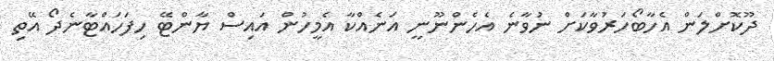
ދޫކޮށްލަން އެހާބޯހަރުވާކަށް ނުވާނެ އެހެންނޫނީ އަނެއްކާ އެމީހުން އައިސް ޔާންޓޭ ހިފަހައްޓާނެދޯ އޭތި